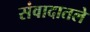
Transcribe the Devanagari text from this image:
संवादातले